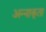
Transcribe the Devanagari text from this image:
अन्‍नाकूता